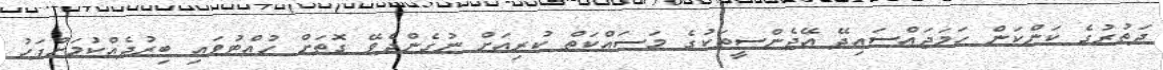
ދަތުރުގެ ކަންކަން ހަމަޖައްސައިދޭ އޭޖެންސީތަކުގެ މަސައްކަތް ކުރިއަށް ނުގެންދެވޭ ގޮތަށް ހުއްޓުވައި ބިރުދެއްކުމަށްފަހު